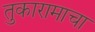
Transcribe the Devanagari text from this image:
तुकारामाचा